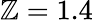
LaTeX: \mathbb{Z}=1.4